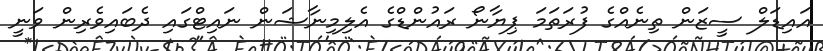
އައިޑަލް ސީޒަން ތިނެއްގެ ފުރަތަމަ ޕިޔާނޯ ރައުންޑްގެ އެލިމިނާޝަން ނައިޓްގައި ދެބައިވެރިން ވަނީ